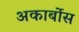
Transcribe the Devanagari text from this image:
अकार्बोस